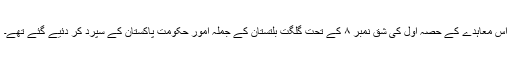
اس معاہدے کے حصہ اول کی شق نمبر ۸ کے تحت گلگت بلتستان کے جملہ امور حکومت پاکستان کے سپرد کر دئیے گئے تھے۔